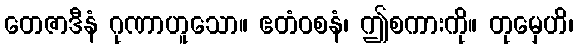
တေဇာဒီနံ ဂုဏာဟူသော။ ဧတံဝစနံ၊ ဤစကားကို။ တုမှေဟိ၊